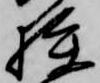
狭